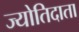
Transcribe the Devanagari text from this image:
ज्योतिदाता